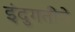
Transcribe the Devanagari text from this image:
इंदुगतीने